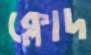
ক্লোদ